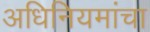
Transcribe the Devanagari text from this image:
अधिनियमांचा